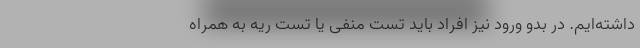
داشته‌ایم. در بدو ورود نیز افراد باید تست منفی یا تست ریه به همراه